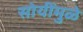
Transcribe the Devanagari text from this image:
सोयींमुळे